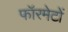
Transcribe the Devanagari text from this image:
फॉरमेटों